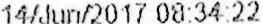
14/JUN/2017 08:34:22